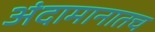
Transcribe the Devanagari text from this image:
अंदामानातच